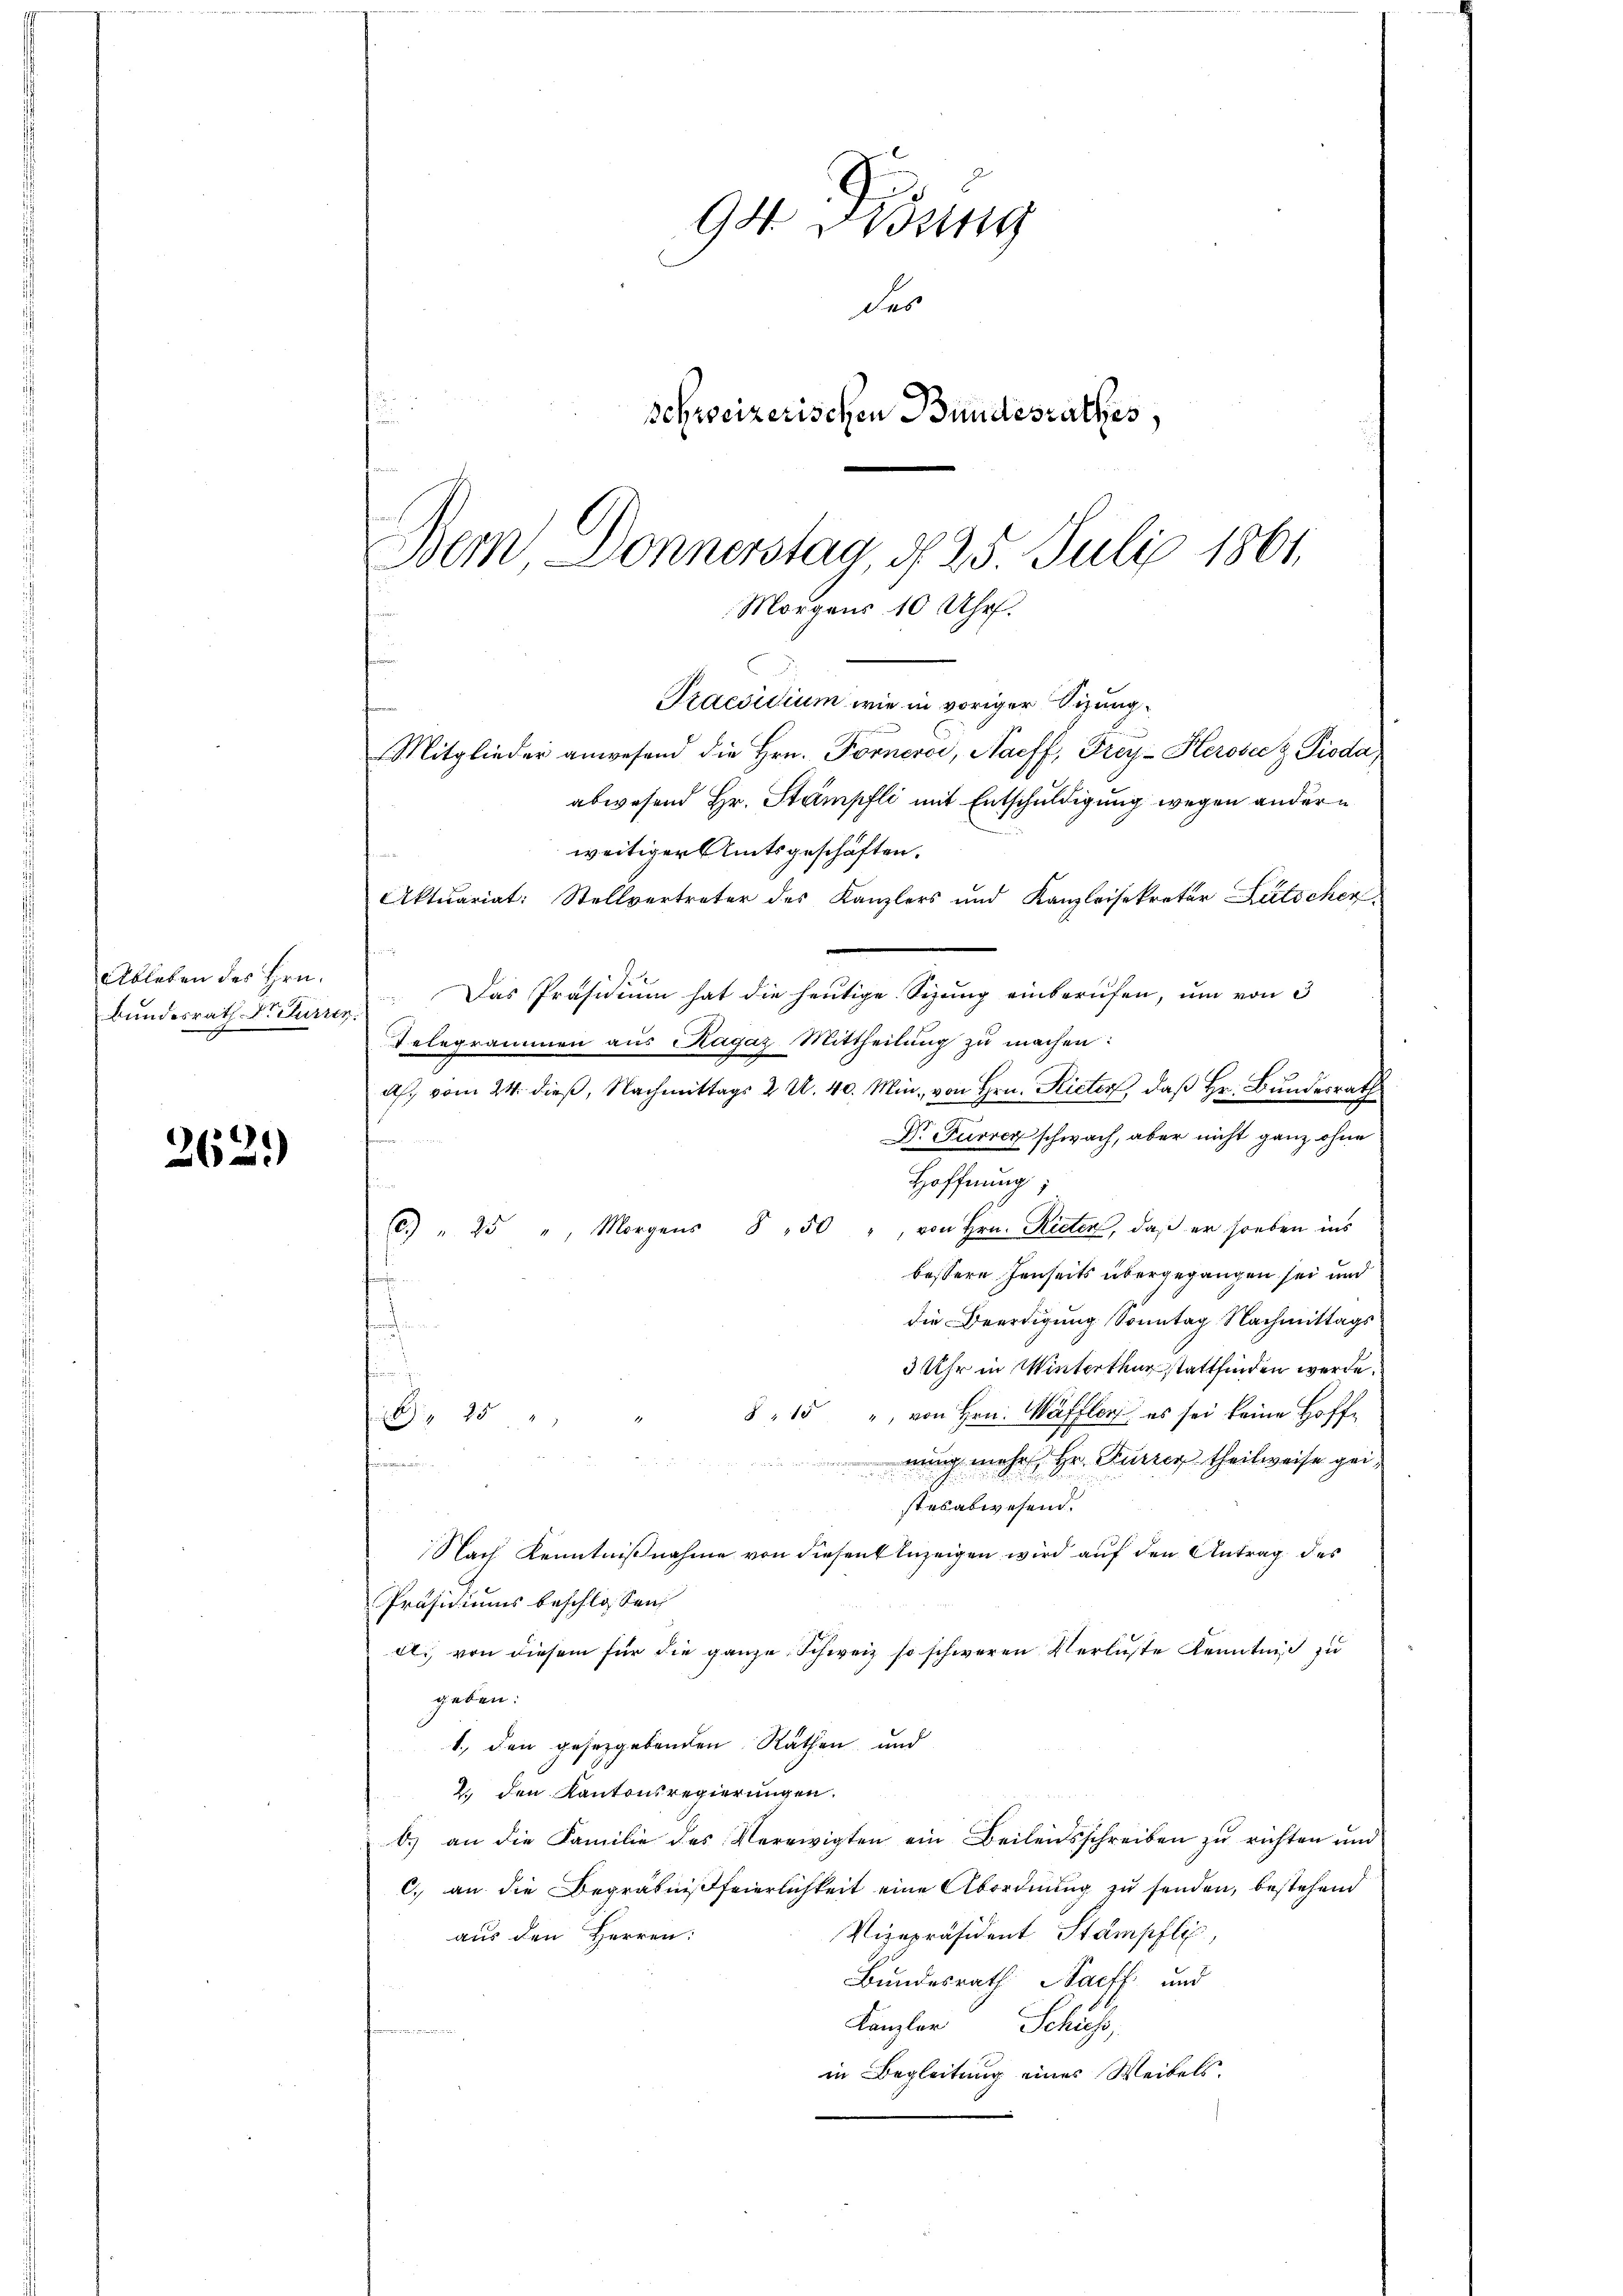
Ableben des Hrn.
Bundesrath Dr Furren.

262.)

94 Didung
des
schweizerischen Bundesrathes,
Bem Donnerstag, d. 25. Juli 1864.
Morgens 10 Uhr.

Praesidium wie in voriger Sizung¬
Mitglieder anwesend die Hrn. Fornerei, Naeff, Frey-Herosecz Pioda,
abwesend Hr. Stampfli mit Entschuldigung wegen andern
weitiger Amtsgeschäften.
Aktuariat: Stellvertreter des Kanzlers und Kanzleisekretär Lütschen
Das Präsidium hat die heutige Sizung einberufen, um von 3
Telegrammen aus Ragaz Mittheilung zu machen:
g
a. vom 24. dieß, Nachmittags 2 U. 40. Min. von Hrn. Rieter, daß Hr. Bundesrath
D. Furrer schwach, aber nicht ganz ohne
n
Hoffnung;
6) " 25 " Morgens 8 50 " von Hrn. Rieten, daß er soeben ins
bessere Jenseits übergegangen sei und
die Beerdigung Sonntag Nachmittags
3 Uhr in Winterthur stattfinden werde.
8 " 15 " von Hrn. Wäffler es sei keine Hoff-
 25 "
nung mehr, Hr. Kürzer theilweise geivaren werden
2
stesabwesend.
Nach Kenntnißnahme von diesen Anzeigen wird auf den Antrag des
Präsidiums beschlossen:
d. von diesem für die ganze Schweiz so schweren Verluste Kenntniß zu
geben:
1., den gesetzgebenden Räthen, und
2. den Kantonsregierungen.
b.) an die Familie des Verewigten ein Beileitsschreiben zu richten und
c. an die Begräbnisfeierlichkeit eine Abordnung zu senden, bestehend
Vizepräsident Stampfli,
aus den Herren:
Bundesrath Nacht und
Kanzler Schuss,
in Begleitung eines Weibels.